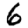
Digit: 6